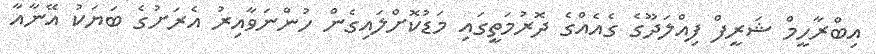
އިބްރާހީމް ޝަރީފް ފިއްލަދޫގެ ގެއެއްގެ ދޮރުމަތީގައި މަޑުކޮށްލައިގެން ހުންނަވާއިރު އެރަށުގެ ބަޔަކު އޭނާއާ